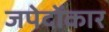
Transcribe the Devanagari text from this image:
जपेदोंकार